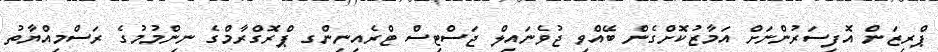
ޕްރިޒަން އޮފިސަރުންނަށް އަމާޒުކޮށްގެން ބޭއްވި ޖުވެނައިލް ޖަސްޓިސް ޓްރެއިނިންގ ޕްރޮގްރާމްގެ ނިންމުމުގެ ރަސްމިއްޔާތު